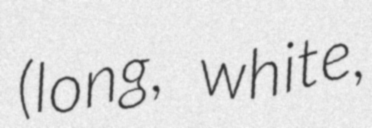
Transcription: (long, white,